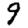
Digit: 9